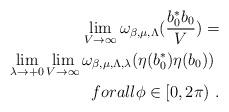
LaTeX: \begin{align*}\lim_{V \to \infty} \omega_{\beta,\mu,\Lambda}(\frac{b_{{0}}^{*}b_{{0}}}{V})=\\\lim_{\lambda \to +0}\lim_{V \to \infty} \omega_{\beta,\mu,\Lambda,\lambda}(\eta(b_{{0}}^{*})\eta(b_{{0}})) \ \\forall \phi \in [0,2\pi) \ .\end{align*}